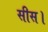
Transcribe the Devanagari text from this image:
सीस।